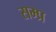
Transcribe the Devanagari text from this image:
सम्प्र